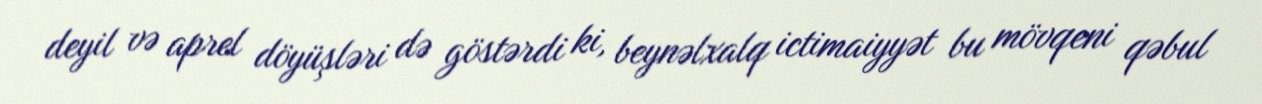
deyil və aprel döyüşləri də göstərdi ki, beynəlxalq ictimaiyyət bu mövqeni qəbul